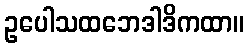
ဥပေါသထဘေဒါဒိကထာ။